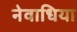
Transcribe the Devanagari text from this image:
नेवाधिया